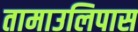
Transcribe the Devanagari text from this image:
तामाउलिपास